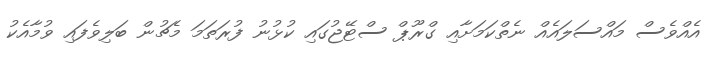
އެއްވެސް މައްސަލައެއް ނެތްކަމަށާއި ގްރޫޕް ސްޓޭޖުގައި ކުޅުނު ފުރަތަމަ މެޗުން ބަލިވެފައި ވުމާއެކު